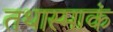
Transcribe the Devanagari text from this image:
तथास्माकं